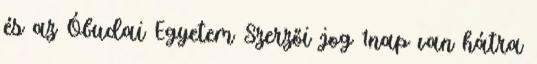
és az Óbudai Egyetem Szerzői jog 1nap van hátra